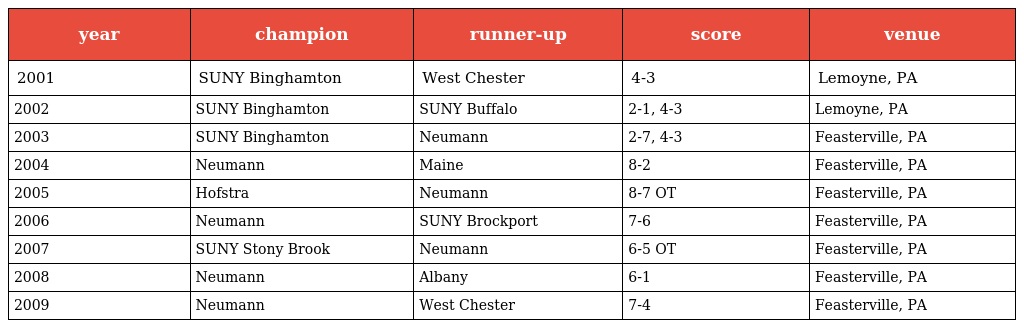
| year | champion | runner-up | score | venue |
 | --- | --- | --- | --- | --- |
 | 2001 | SUNY Binghamton | West Chester | 4-3 | Lemoyne, PA |
 | 2002 | SUNY Binghamton | SUNY Buffalo | 2-1, 4-3 | Lemoyne, PA |
 | 2003 | SUNY Binghamton | Neumann | 2-7, 4-3 | Feasterville, PA |
 | 2004 | Neumann | Maine | 8-2 | Feasterville, PA |
 | 2005 | Hofstra | Neumann | 8-7 OT | Feasterville, PA |
 | 2006 | Neumann | SUNY Brockport | 7-6 | Feasterville, PA |
 | 2007 | SUNY Stony Brook | Neumann | 6-5 OT | Feasterville, PA |
 | 2008 | Neumann | Albany | 6-1 | Feasterville, PA |
 | 2009 | Neumann | West Chester | 7-4 | Feasterville, PA |